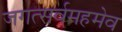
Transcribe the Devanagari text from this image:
जगत्सर्वमहमेव